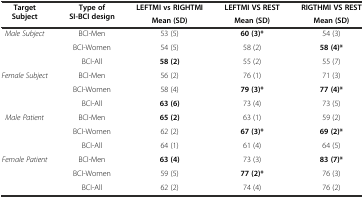
| <ROWSPAN=2> Target Subject | <ROWSPAN=2> Type of SI-BCI design | LEFTMI vs RIGHTMI | LEFTMI VS REST | RIGTHMI VS REST |
 | Mean (SD) | Mean (SD) | Mean (SD) |
 | --- | --- | --- | --- | --- |
 | <ROWSPAN=3> Male Subject | BCI-Men | 53 (5) | 60 (3)* | 54 (3) |
 | BCI-Women | 54 (5) | 58 (2) | 58 (4)* |
 | BCI-All | 58 (2) | 55 (2) | 55 (7) |
 | <ROWSPAN=3> Female Subject | BCI-Men | 56 (2) | 76 (1) | 71 (3) |
 | BCI-Women | 58 (4) | 79 (3)* | 77 (4)* |
 | BCI-All | 63 (6) | 73 (4) | 73 (5) |
 | <ROWSPAN=3> Male Patient | BCI-Men | 65 (2) | 63 (1) | 59 (2) |
 | BCI-Women | 62 (2) | 67 (3)* | 69 (2)* |
 | BCI-All | 64 (1) | 61 (4) | 64 (5) |
 | <ROWSPAN=3> Female Patient | BCI-Men | 63 (4) | 73 (3) | 83 (7)* |
 | BCI-Women | 59 (5) | 77 (2)* | 76 (3) |
 | BCI-All | 62 (2) | 74 (4) | 76 (2) |